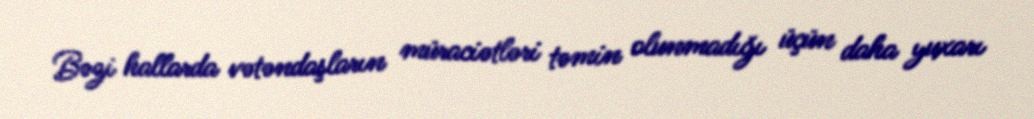
Bəzi hallarda vətəndaşların müraciətləri təmin olunmadığı üçün daha yuxarı